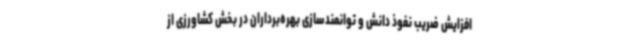
افزایش ضریب نفوذ دانش و توانمندسازی بهره‌برداران در بخش کشاورزی از